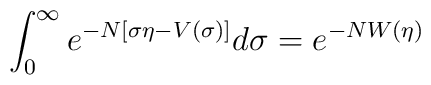
\int_0^\infty e^{-N[\sigma \eta-V(\sigma)]}d\sigma=e^{-NW(\eta)}